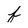
Character: f